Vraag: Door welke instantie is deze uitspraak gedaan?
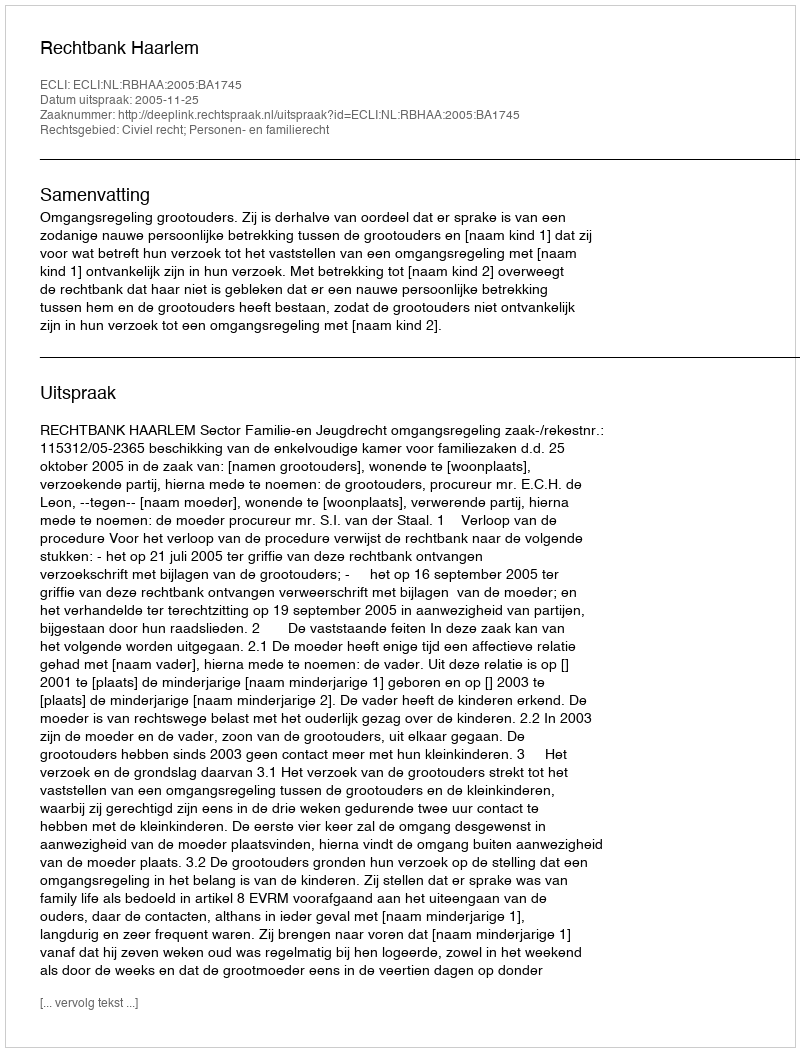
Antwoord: Rechtbank Haarlem